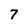
Character: 7